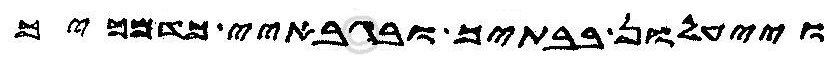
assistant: וייעלון בבתיך ובגבאיי מדמכיך